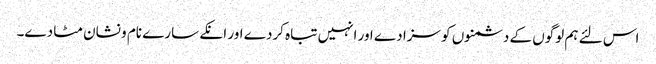
اس لئے ہم لوگوں کے دشمنوں کو سزا دے اور انہیں تباہ کردے اور انکے سارے نام و نشان مٹا دے۔